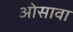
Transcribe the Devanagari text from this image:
ओसावा